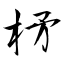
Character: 柕